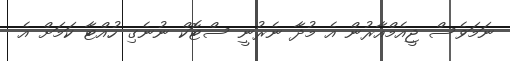
ނަމަވެސް ޖީއެމްއާރުން އެ މުދާ ނެރުނީ ސްޓޮކް ނުނެގި ހުއްޓާ ކަމަށް އެ